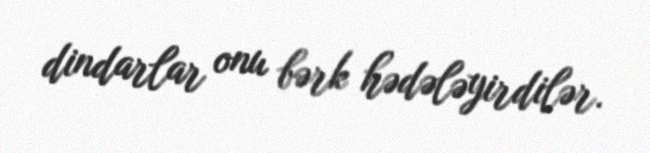
dindarlar onu bərk hədələyirdilər.